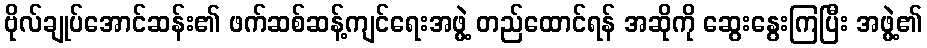
ဗိုလ်ချုပ်အောင်ဆန်း၏ ဖက်ဆစ်ဆန့်ကျင်ရေးအဖွဲ့ တည်ထောင်ရန် အဆိုကို ဆွေးနွေးကြပြီး အဖွဲ့၏